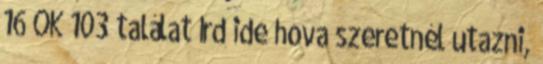
16 OK 103 találat Írd ide hova szeretnél utazni,